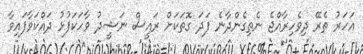
އަހަރު ތެރޭ ދިވެހިރާއްޖެ ނެތިގެންދާނެ ފަދަ ގޮތަކަށް ރައީސް ނަޝީދު ވާހަކަފުޅު ދައްކަވާފައިވާ